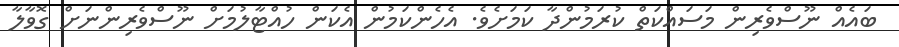
ބައެއް ނޫސްވެރިން މަސައްކަތް ކުރަމުންދާ ކަމަށެވެ. އެހެންކަމުން އެކަން ހުއްޓާލުމަށް ނޫސްވެރިންނަށް ގޮވާލާ